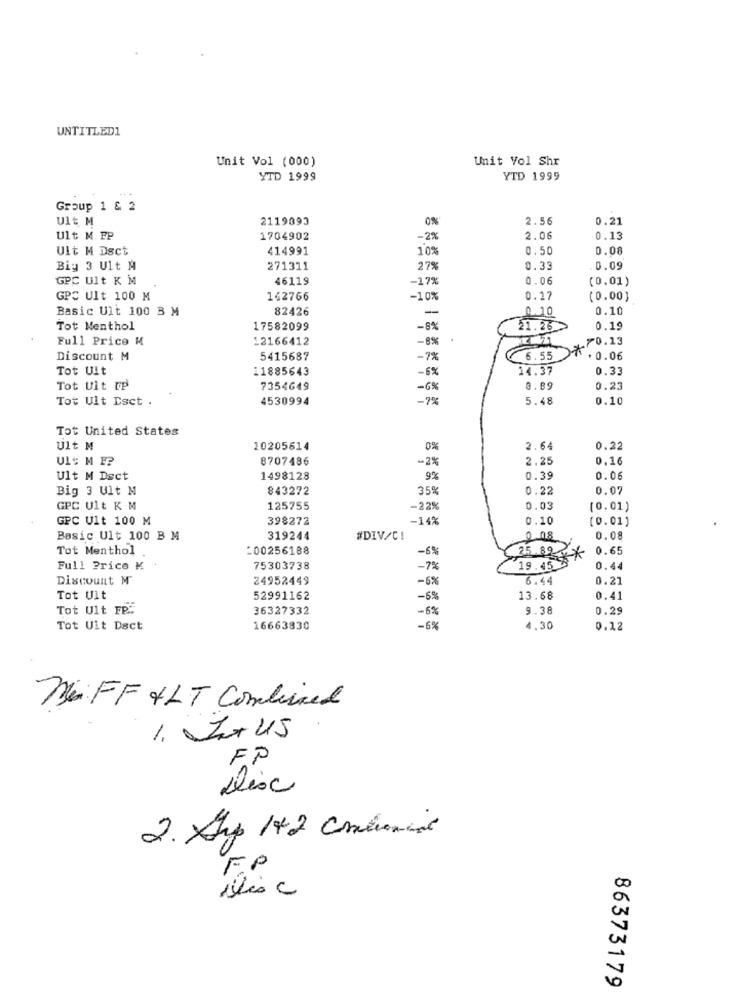
UNTITLED1
Unit Vol (000)
Unit Vol Shr
YTD 1999
YTD 1999
Group 1 & 2
Ult M
2119893
0%
2.56
0.21
Ult M FP
1704902
-2%
2.06
0.13
Ult M Dsct
414991
10%
0.50
0.08
Big 3 Ult A
271311
279
0.33
0.09
GPC Ult K M
46119
-17%
0.06
(0.01)
GPC Ult 100 M
162766
-10%
0.17
(0.00}
Basic Ult 100 B M
82426
-
0.10
0.10
Tot Menthol
17582099
-8%
21.26 >
0.19
Full Price M
12166412
-8%
70.13
Discount M
5415687
-7%
6.55
. 0.06
Tot Uit
11885643
-6%
14.37
0.33
Tot Uit Ip
7354649
-6%
0.89
0.23
Tot Ult Esct .
4530994
-7%
5.48
0.10
Tot United States
Ult M
10205614
0%
2.64
0.22
8707486
-2%
2.25
0.16
Ult M Dect
1498128
9%
0.39
0.06
Big 3 Ult M
843272
359
0.22
0.07
GPC Ult K M
125755
-22%
0.03
(0.01)
GPC Ult 100 M
398272
-142
0.10
[0.01)
Basic Ult 100 B M
319244
#DIV/C!
0 08
0.08
Tot Menthol
:00256188
-6%%
0.65
19.45
25.82 *
Full Price ₭.
75303738
-7%
0.44
Discount M
24952449
-6%
6.44
0.21
Tot Uit
52991162
-6%
13.68
0.41
Tot Ult FR:
36327332
-6%
9.38
0.29
Tot Uit Dact
16663830
-6%
4.30
0.12
Mi FF &LT Combined
1. ImUS
FP
Dix
2. Ahp 14.2 Colonial
FP
86373179